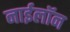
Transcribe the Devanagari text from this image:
नाईलॉन